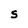
Character: S